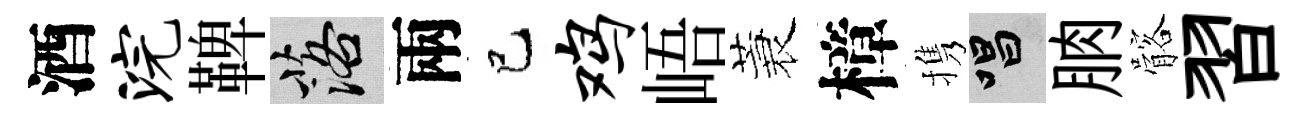
酒浣鞞落兩巳鸡峿蓑樟携唱朒髂習